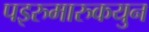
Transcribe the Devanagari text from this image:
पइरुमारुकयुन